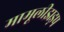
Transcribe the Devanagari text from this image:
मामूलीझड़प